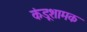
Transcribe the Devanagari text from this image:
कंडूशामक